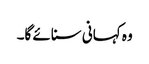
وہ کہانی سنائے گا۔